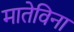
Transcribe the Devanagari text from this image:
मातेविना